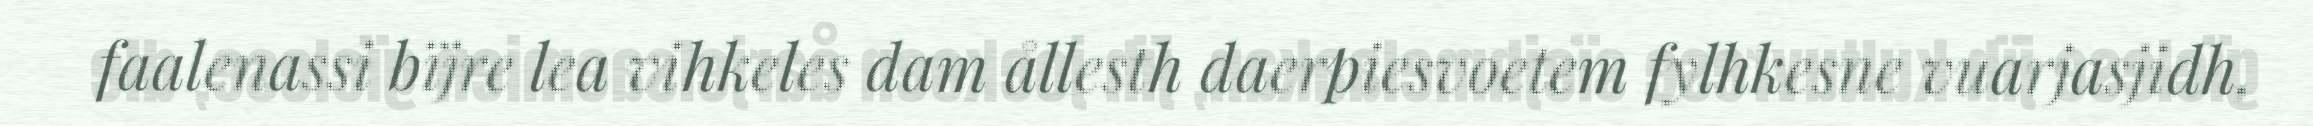
faalenassi bïjre lea vihkeles dam ållesth daerpiesvoetem fylhkesne vuarjasjidh,